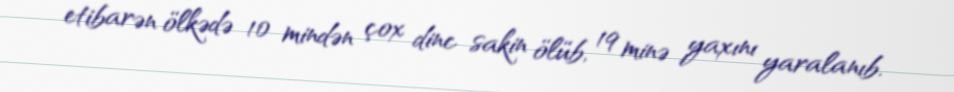
etibarən ölkədə 10 mindən çox dinc sakin ölüb, 19 minə yaxını yaralanıb.